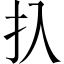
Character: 扖